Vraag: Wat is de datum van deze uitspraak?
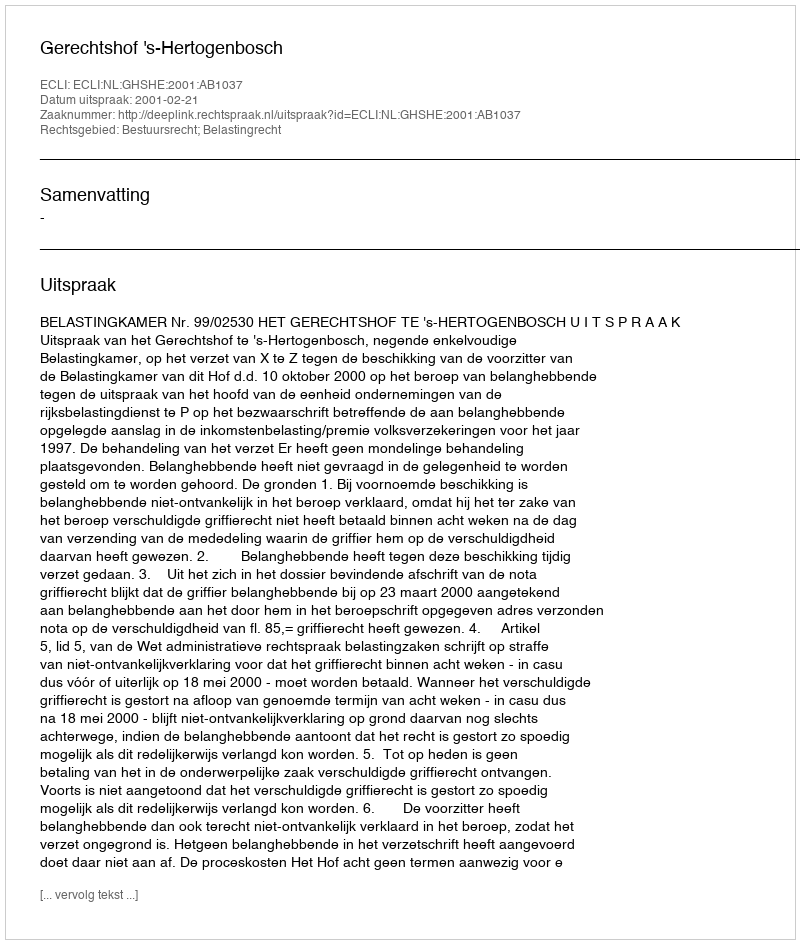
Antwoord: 2001-02-21